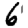
Digit: 6